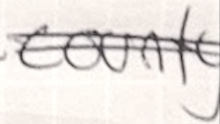
Text: county
Cross-out: double-line
Writing tool: ballpoint